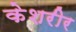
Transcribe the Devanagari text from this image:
केशरीर